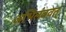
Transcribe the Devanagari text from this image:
अभिलंबवत्‌